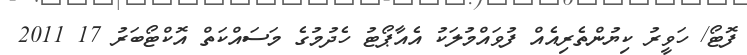
ފޮޓޯ/ ހަވީރު ކިޔުންތެރިއެއް ފުވައްމުލަކު އެއާޕޯޓު ހެދުމުގެ މަސައްކަތް އޮކްޓޯބަރު 17 2011